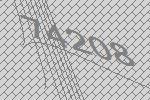
74208